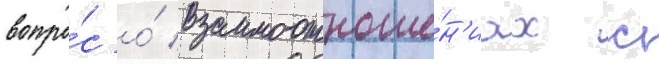
вопро́с о́ взаимоотноше́н'иах с